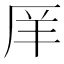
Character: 𫨇